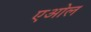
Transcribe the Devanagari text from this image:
एओल